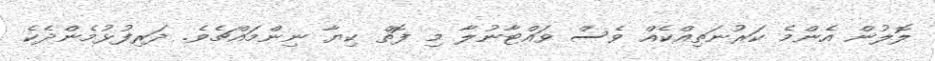
ލޮލުން އެންމެ ކަރުނަތިއްކެއް ވެސް ވައްޓާނުލާ މި ފޮތް ކިޔާ ނިންމައްޗެވެ. ދަރިފުޅުމެންދެކެ